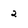
Character: 2